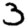
Digit: 3